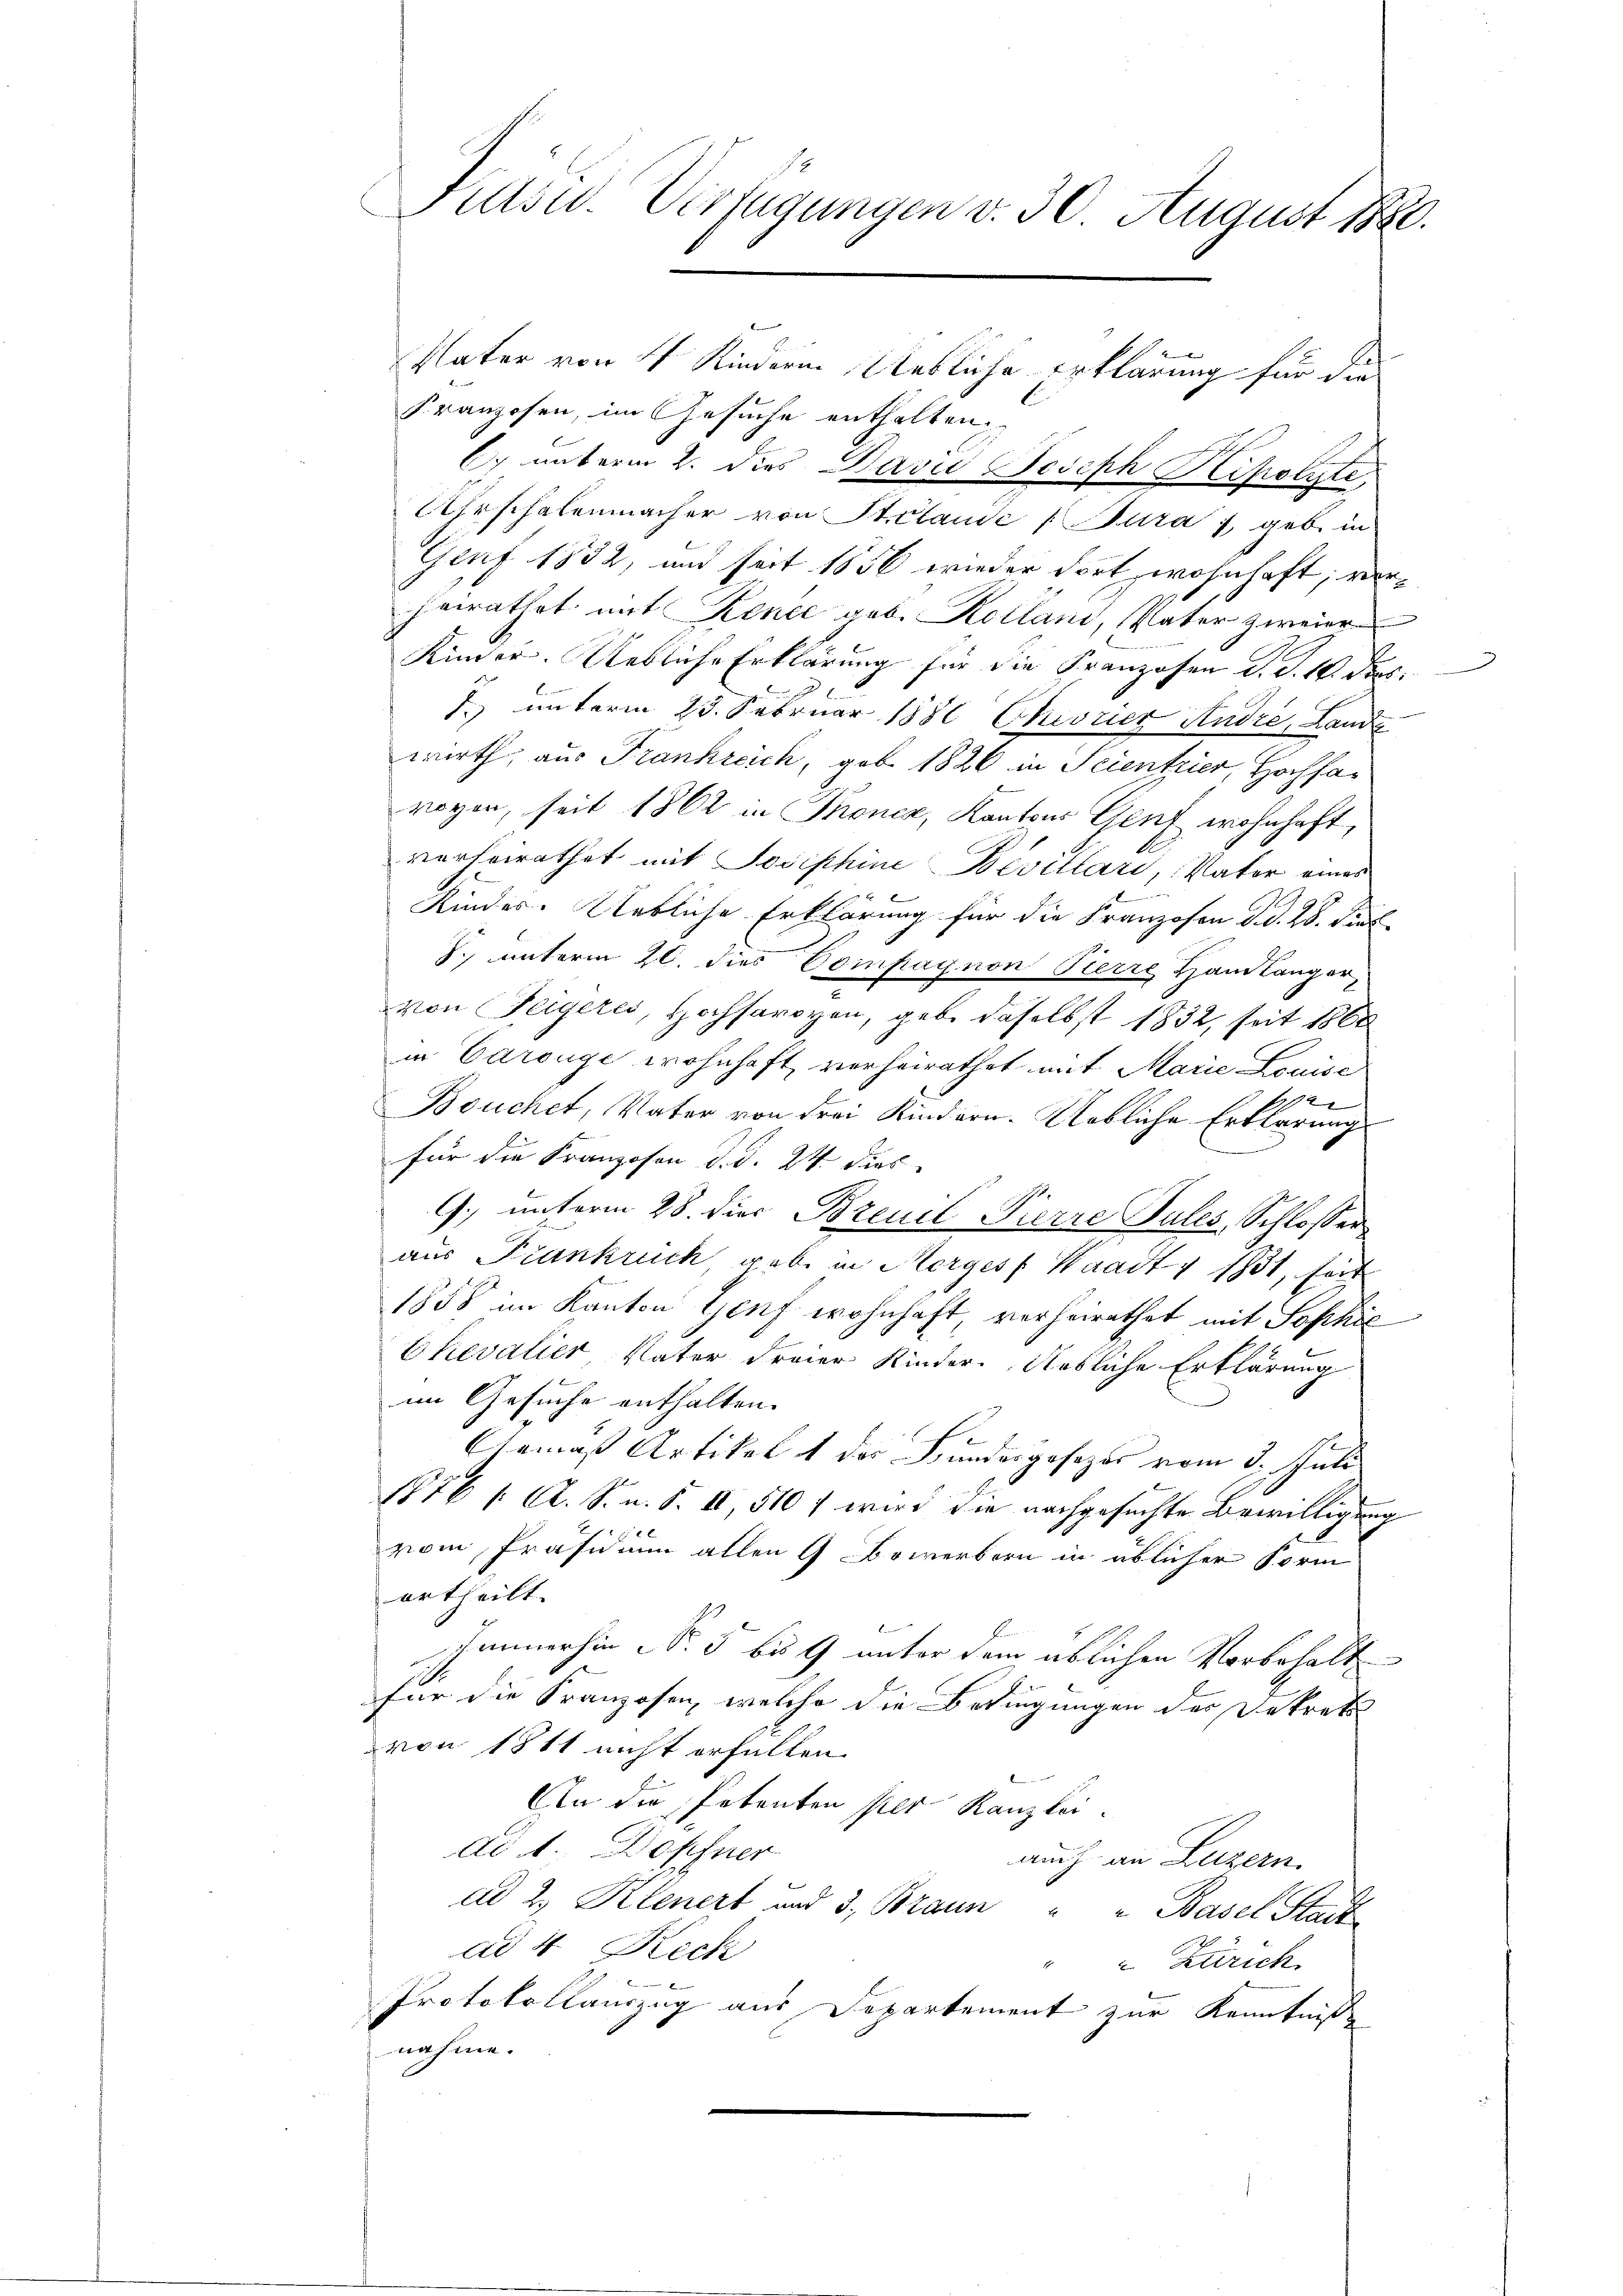
Jusw. Verfügungen v. 30 August 1880.

Vater von 4 Kinderen Uebliche Erklärung für die
Franzosen, im Gesuche enthalten,
C. unterm 2. dies David Joseph Kipolyte
Ehrschalenmacher von Stelande Jura geb. in
Genf 1832, und seit 1856 wieder dort wohnhaft, verheirathet mit Kence geb. Kollani, Vater zweier
Kinder. Uebliche Erklärung für die Franzosen d. d. 1. Prof.
1. unterm 23. Februar 1880 Cheorier Andre, Lande
wirth, aus Frankreich, geb. 1826 in Scientrier, Hochsar
woyen, seit 1862 in Thoncz, Kantons Genf wohnhaft,
verheirathet mit Josephine Bevillari, Vater eines
Kinder. Uebliche Erklärung für die Franzosen d. d. 28. Seel
J. unterm 20. dies Compagnon Pierre Handlanger-
von Teigeres, Hochsaroyen, gebe daselbst 1832, seit 1860
in Carouge wohnhaft verheirathet mit Marie Louise
6
Bouchet, Vater von drei Kindern. Uebliche Erklärungs
für die Kranzosen d. d. 24. dies
9. unterm 28. dies Brenil Pierre Pules, Schlosser
aus Frankruch gebe in Morges Waadt v 1881, seit
1858 im Kanton Genf wohnhaft, verheirathet mit Sophie
Chevalier, Vater Freier Kinder. Uebliche Erklärung
im Gesuche enthalten.
Gemäß Artikel 1 des Bundesgesezes vom 3. Juli
1876 f. A. S. n. F. II, 510 f wird die nachgesuchte Bewilligung
l
vom Präsidium allen 9 Bewerbern in üblicher Form
ertheilt.
Immerhin Nr. 5 bis 9 unter dem üblichen Vorbehalt
für die Franzosen, welche die Bedingungen der Dekrets
von 1811 nicht erfüllen.
An die Petenten hier Kanzlei-
Ad 1. Dopfner
auch an Luzern.
ad 2. Klenert und 3. Braun " " Basel Stadt
ad 4. Reck
 Zürich.
Protokollauszug aus Departement zur Kenntniß
nahme.